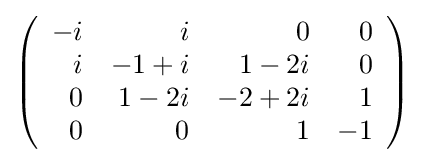
{\textstyle \left({\begin{array}{rrrr}-i&i&0&0\\i&-1+i&1-2i&0\\0&1-2i&-2+2i&1\\0&0&1&-1\\\end{array}}\right)}